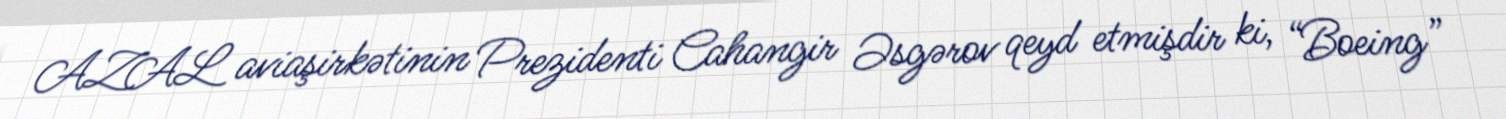
AZAL aviaşirkətinin Prezidenti Cahangir Əsgərov qeyd etmişdir ki, “Boeing”